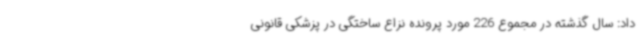
داد: سال گذشته در مجموع 226 مورد پرونده نزاع ساختگی در پزشکی قانونی